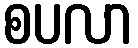
စပလာ